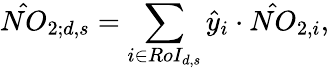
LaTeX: \hat{NO}_{2;d,s}=\sum_{i\in RoI_{d,s}}\hat{y}_{i}\cdot\hat{NO}_{2,i},